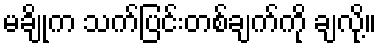
မချိုက သက်ပြင်းတစ်ချက်ကို ချလို့။